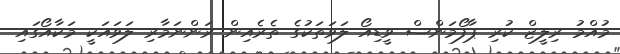
މުއްމު ރިލީޒް ކުރި ޕާފޯމަންސް ވީޑިއޯ ލަވަތަކުގެ ތެރެއިން ރަންނަމާރި ލަވައަކީ މަކާއޯގައި